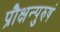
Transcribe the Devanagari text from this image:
प्रौक्षन्पुरुषं